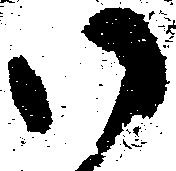
御